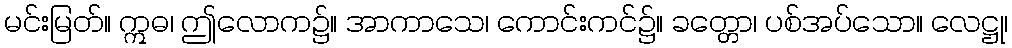
မင်းမြတ်။ ဣဓ၊ ဤလောက၌။ အာကာသေ၊ ကောင်းကင်၌။ ခတ္တော၊ ပစ်အပ်သော။ လေဋ္ဌု၊